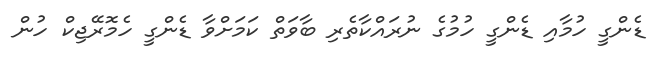
ޑެންގީ ހުމާއި ޑެންގީ ހުމުގެ ނުރައްކާތެރި ބާވަތް ކަމަށްވާ ޑެންގީ ހެމޮރޭޖިކް ހުން